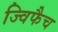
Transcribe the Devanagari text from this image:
ज्विफैच